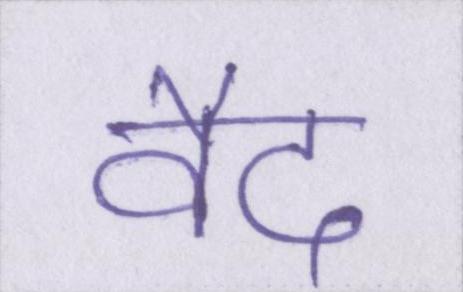
वैद